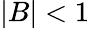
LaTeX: |B|<1